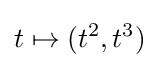
t\mapsto (t^{2},t^{3})